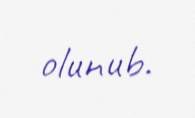
olunub.